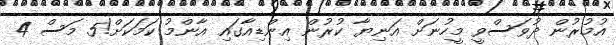
އުމުރުން ދުވަސްވީ މީހުނަށް އަނިޔާ ކުރުން އިންޑިއާގައި އާންމު ކަމަކަށް!5 މަސް 4